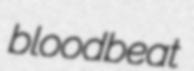
bloodbeat